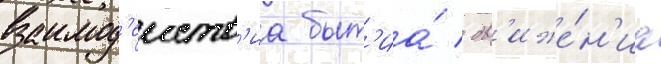
взаимод'еиств'иа быт'иа́ / дв'иже́н'иа